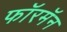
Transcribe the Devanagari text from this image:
फॉरमॅन